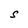
Character: S